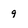
Character: 9